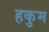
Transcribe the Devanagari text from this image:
हकुम